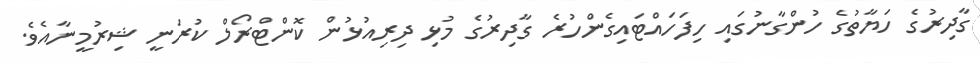
ގާދިރުގެ ހަޔާތުގެ ހުންގާނުގައި ހިފަހައްޓައިގެންހުރެ ގާދިރުގެ މުޅި ދިރިއުޅުން ކޮންޓްރޯލް ކުރަނީ ޝިރުމީނާއެވެ.